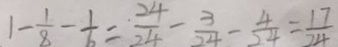
1 - \frac { 1 } { 8 } - \frac { 1 } { 6 } = \frac { 2 4 } { 2 4 } - \frac { 3 } { 2 4 } - \frac { 4 } { 2 4 } = \frac { 1 7 } { 2 4 }